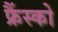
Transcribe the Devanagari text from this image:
फ्रैंस्को